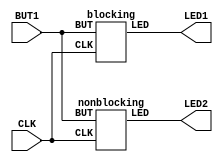
/*

Copyright 2022 Marc Ketel
SPDX-License-Identifier: Apache-2.0

*/

`default_nettype none

module top (
    input  wire CLK,   //100Mhz clock
    input  wire BUT1,
    output wire LED1,
    output wire LED2
);

  blocking blk1 (
      CLK,
      BUT1,
      LED1
  );
  nonblocking nblk1 (
      CLK,
      BUT1,
      LED2
  );

endmodule

module blocking (
    input  wire CLK,
    input  wire BUT,
    output wire LED
);

  reg b1, b2, b3;

  /*
  Blocking assignments will have the effect that it will execute after each other. In this example that means that b3 has the same value as BUT after 1 clock cyle. It creates combinatory logic.
  */
  always @(posedge CLK) begin
    b1 = BUT;
    b2 = b1;
    b3 = b2;
  end

  assign LED = ~b3;


endmodule


module nonblocking (
    input  wire CLK,
    input  wire BUT,
    output wire LED
);

  reg nb1, nb2, nb3;

  /*
  Non blocking assignment will have the effect that all is executed at the same time. In this example nb1 will get assigned the value of BUT and nb2 will get assigned the value that nb1 had the previous clockcycle. It creates sequential logic.
  */
  always @(posedge CLK) begin
    nb1 <= BUT;
    nb2 <= nb1;
    nb3 <= nb2;
  end

  assign LED = ~nb3;

endmodule